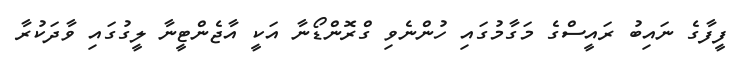
ފީފާގެ ނައިބު ރައީސްގެ މަގާމުގައި ހުންނެވި ގްރޮންޑޯނާ އަކީ އާޖެންޓީނާ ލީގުގައި ވާދަކުރާ